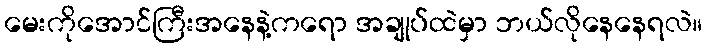
မေးကိုအောင်ကြီးအနေနဲ့ကရော အချုပ်ထဲမှာ ဘယ်လိုနေနေရလဲ။